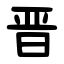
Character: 晋